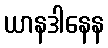
ယာနဒါနေန